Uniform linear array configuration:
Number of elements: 4
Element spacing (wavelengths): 1
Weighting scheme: binomial
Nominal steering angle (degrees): -15
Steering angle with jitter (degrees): -14.866
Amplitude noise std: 0.05
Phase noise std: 0.05

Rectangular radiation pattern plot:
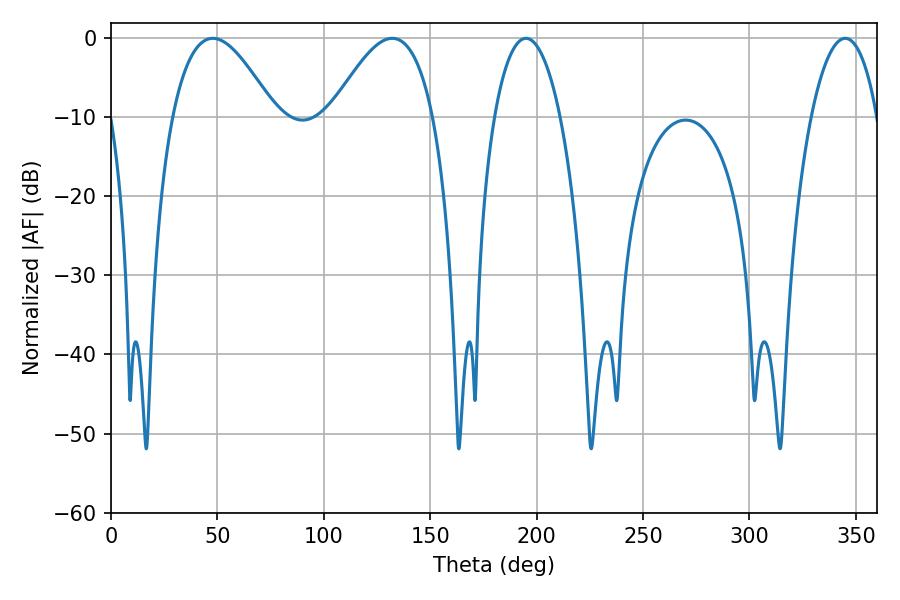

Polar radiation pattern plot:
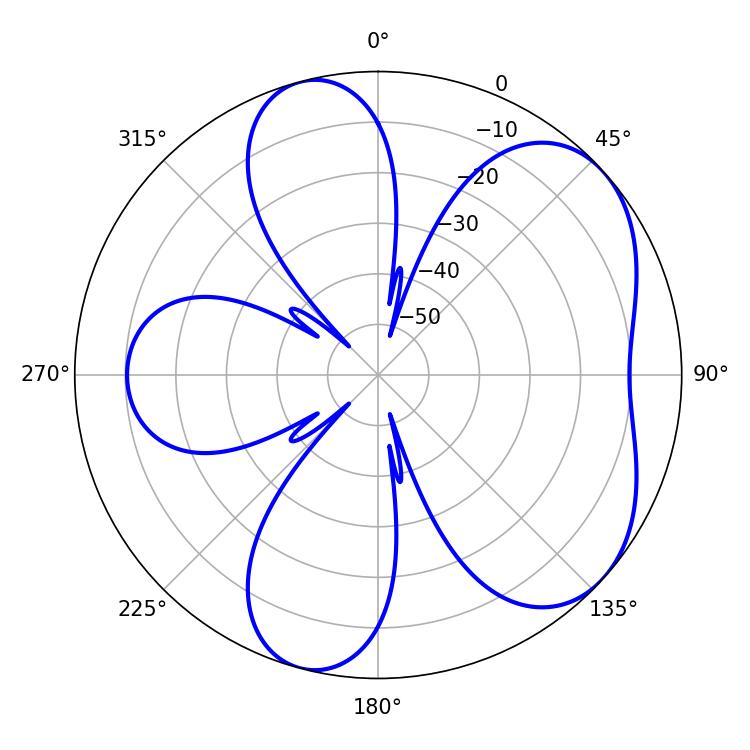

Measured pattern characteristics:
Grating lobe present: TRUE
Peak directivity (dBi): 5.435
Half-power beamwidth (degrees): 26.1
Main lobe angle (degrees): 47.88